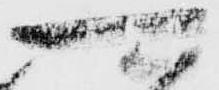
可